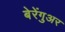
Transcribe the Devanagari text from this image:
बेरेंगुअर